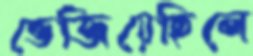
ভেজিয়েছিলে